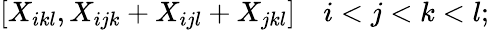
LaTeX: [X_{ikl},X_{ijk}+X_{ijl}+X_{jkl}]\quad i<j<k<l;